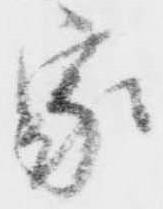
家